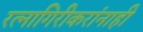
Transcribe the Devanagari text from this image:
रत्नागिरीकरांनाही